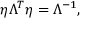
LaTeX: \eta \Lambda ^ { T } \eta = \Lambda ^ { - 1 } ,